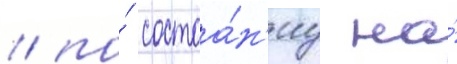
/ по́ состоа́н'иу на́